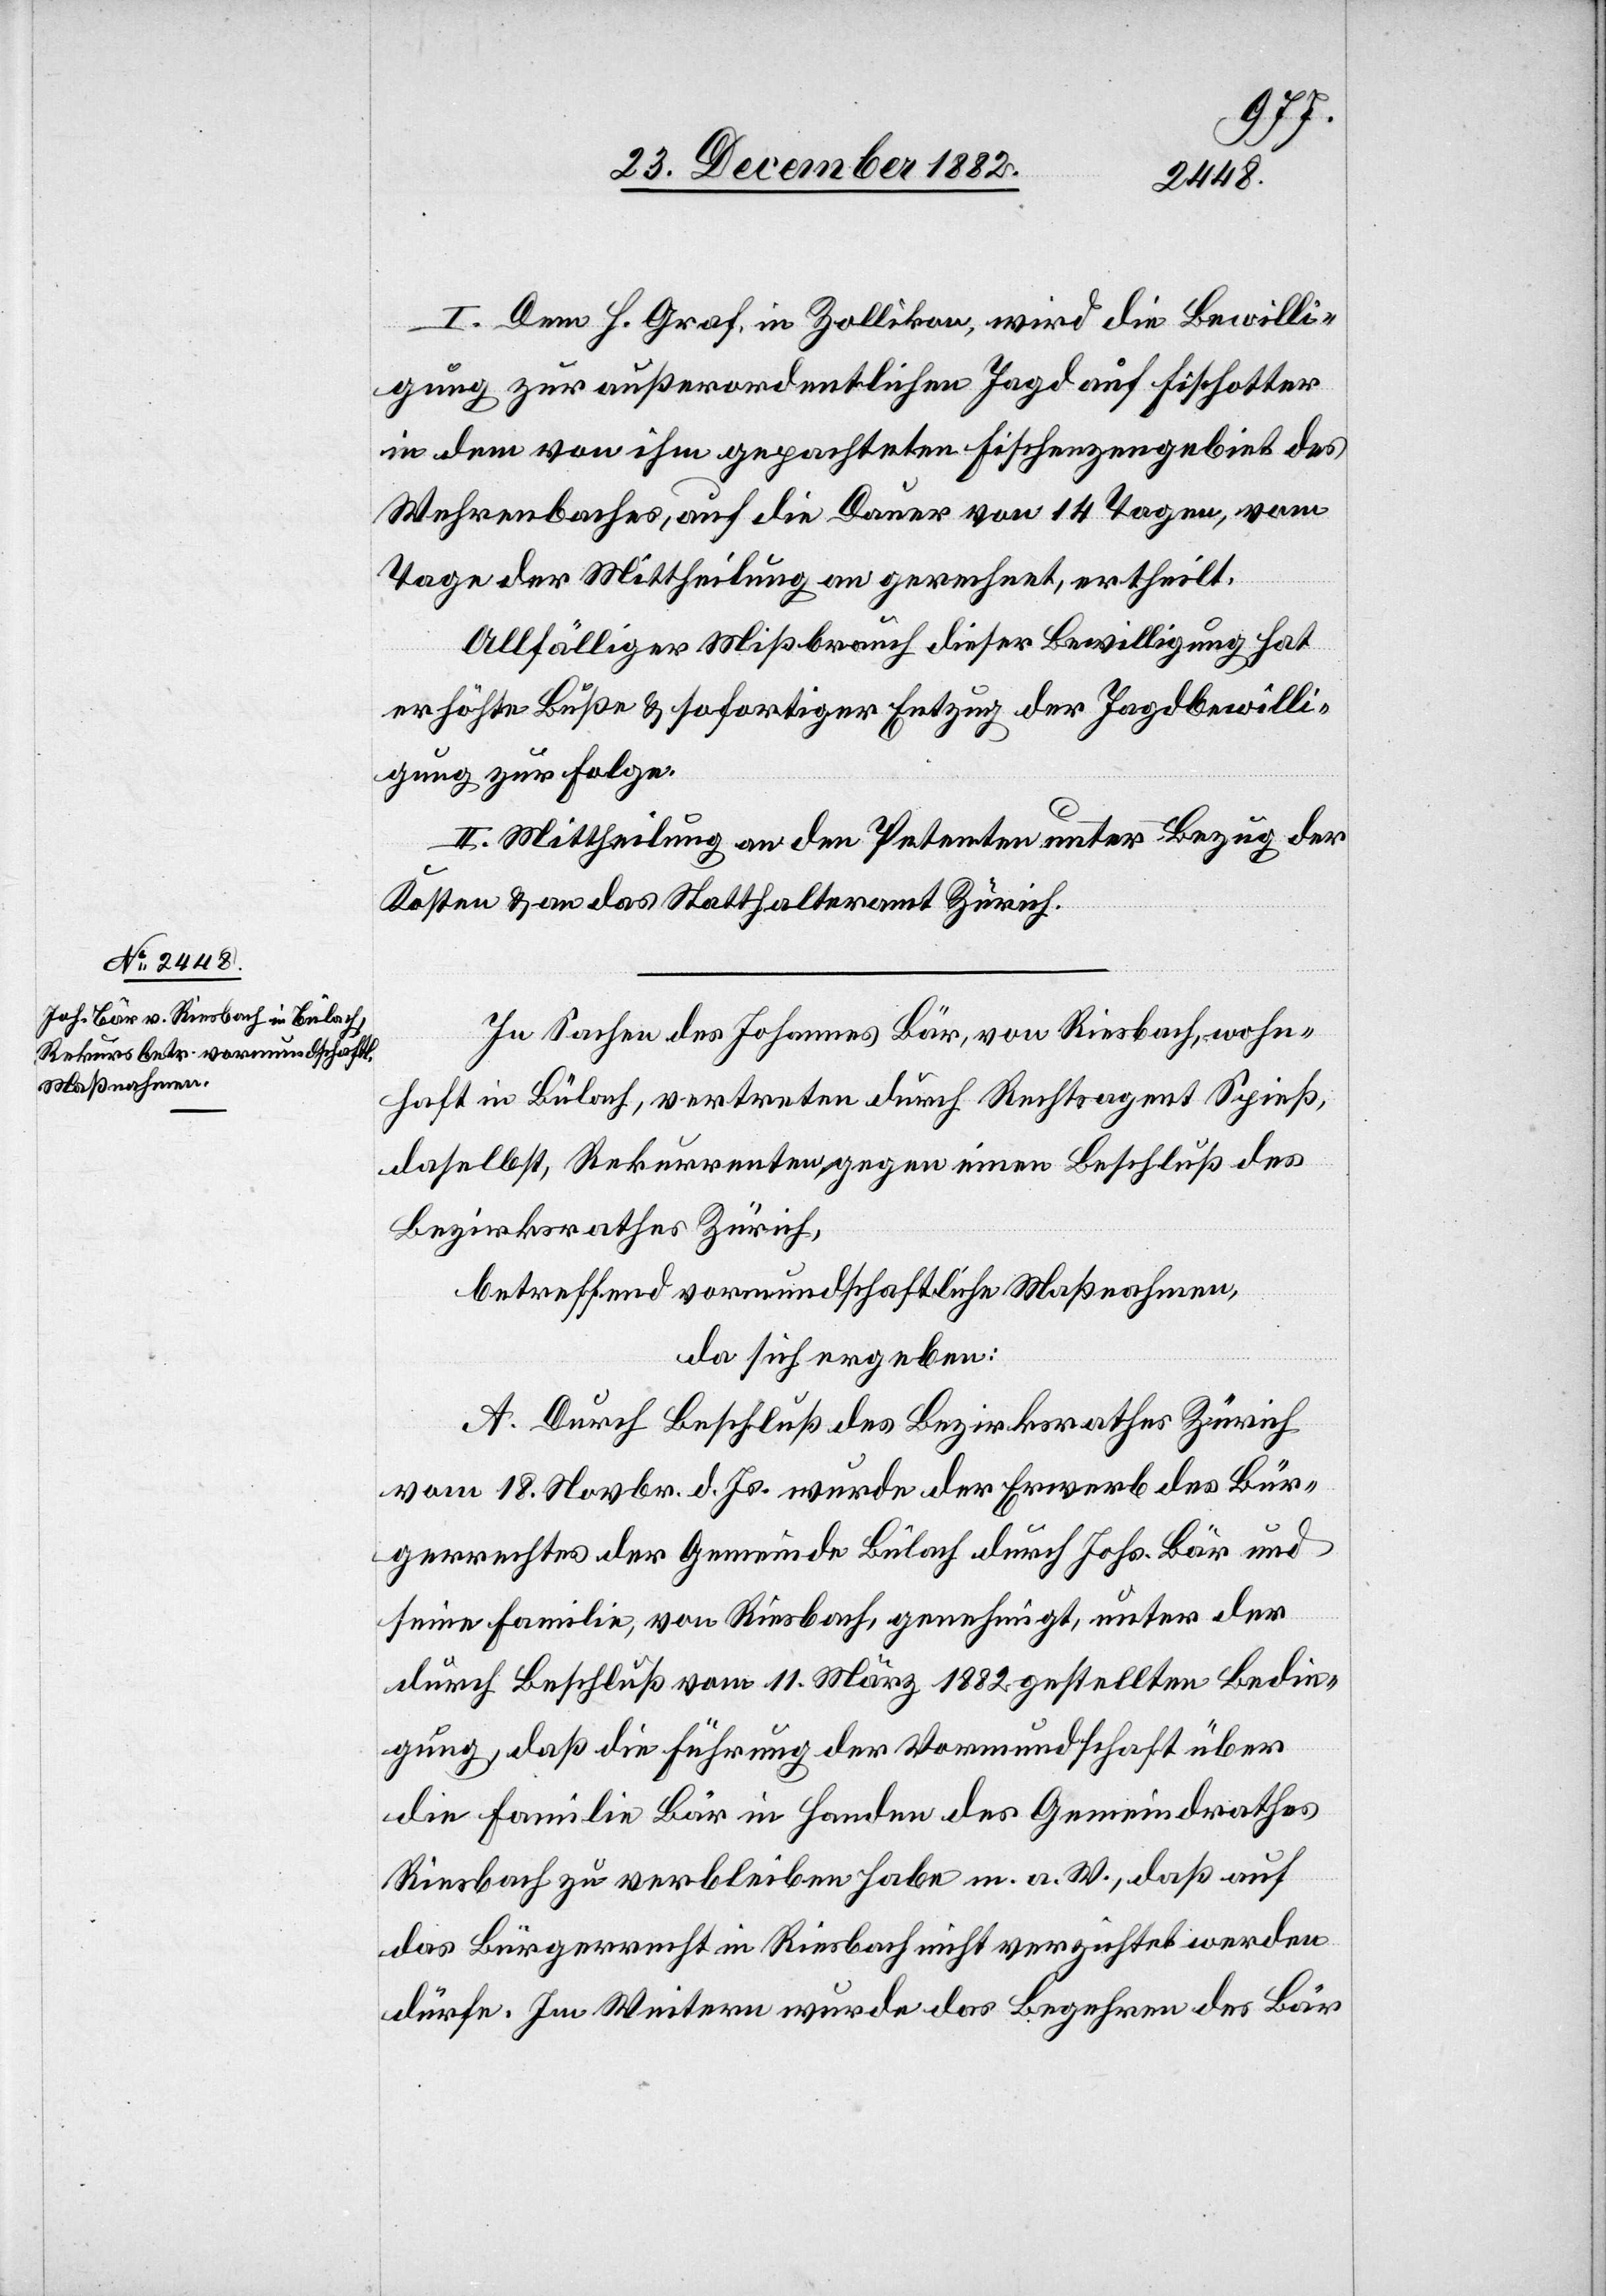
I. Dem H. Graf, in Zollikon, wird die Bewilli¬
gung zur außerordentlichen Jagd auf Fischotter
in dem von ihm gepachteten Fischenzengebiet des
Wehrenbaches, auf die Dauer von 14 Tagen, vom
Tage der Mittheilung an gerechnet, ertheilt.
Allfälliger Mißbrauch dieser Bewilligung hat
erhöhte Buße & sofortiger Entzug der Jagdbewilli¬
gung zur Folge.
II. Mittheilung an den Petenten unter Bezug der
Kosten & an das Statthalteramt Zürich.
In Sachen des Johannes Bär, von Riesbach, wohn¬
haft in Bülach, vertreten durch Rechtsagent Spieß,
daselbst, Rekurrenten gegen einen Beschluß des
Bezirksrathes Zürich,
betreffend vormundschaftliche Maßnahmen,
da sich ergeben:
A. Durch Beschluß des Bezirksrathes Zürich
vom 18. Novbr. d. Js. wurde der Erwerb des Bür¬
gerrechtes der Gemeinde Bülach durch Johs. Bär und
seine Familie, von Riesbach, genehmigt, unter der
durch Beschluß vom 11. März 1882 gestellten Bedin¬
gung, aß die Führung der Vormundschaft über
die Familie Bär in Handen des Gemeindrathes
Riesbach zu verbleiben habe m. a. W., daß auf
das Bürgerrecht in Riesbach verzichtet werden dürfe.